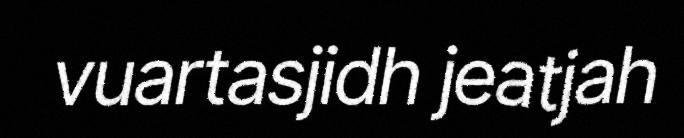
vuartasjidh jeatjah